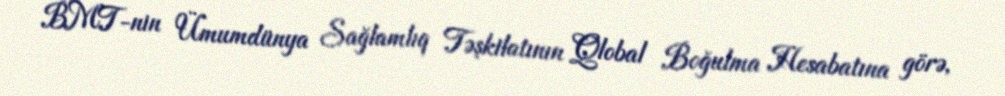
BMT-nin Ümumdünya Sağlamlıq Təşkilatının Qlobal Boğulma Hesabatına görə,